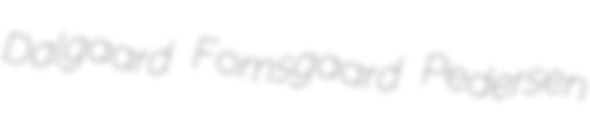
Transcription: Dalgaard Fomsgaard Pedersen